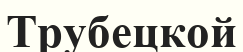
Трубецкой